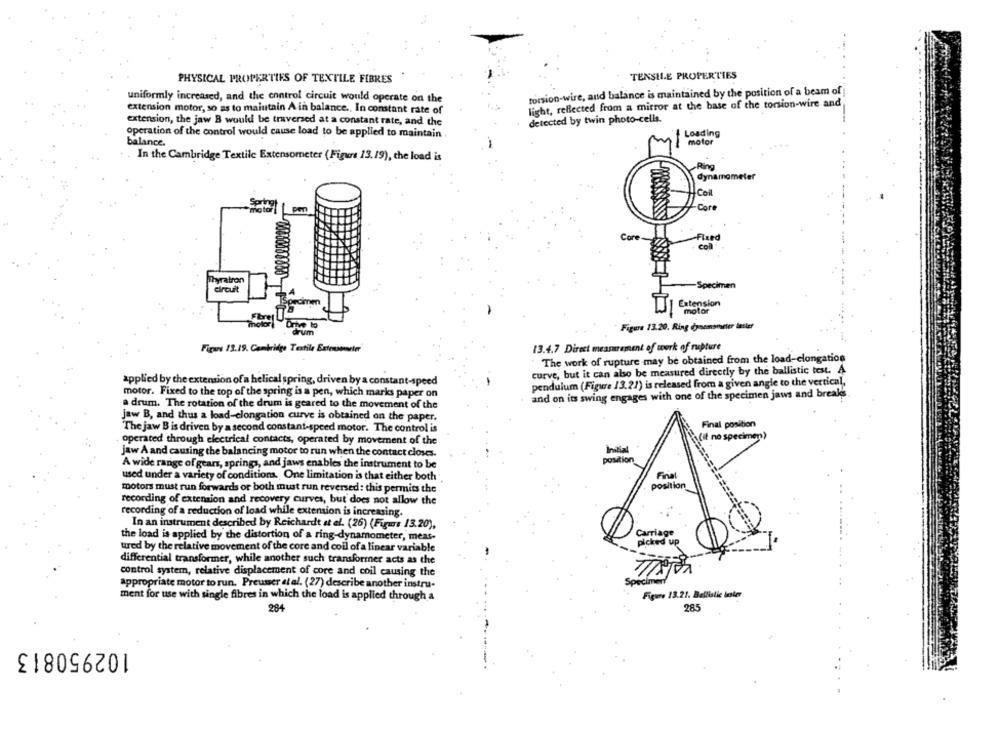
PHYSICAL PROPERTIES OF TEXTILE FIBRES
TENSHE PROPERTIES
torsion-wire, and balance is maintained by the position of a beam of
uniformly increased, and the control circuit would operate on the
light, reflected from a mirror at the base of the torsion-wire and
extension motor, so as to maintain A in balance ., In constant rate of
extension, the jaw B would be traversed at a constant rate, and the
detected by twin photo-cells.
operation of the control would cause load to be applied to maintain
Loading
balance.
motor
In the Cambridge Textile Extensometer (Figure 13.19), the load is
dynamometer
Core
-Fixed
col
Thyratron
circuit
UJI Extension
7
motort Drive to
Figure 13.20. Ring dynamometer lasler
drum
Figure 13.19. Cambridge Textile Extouwarter
13.4.7 Direct measurement of work of rupture
The work of rupture may be obtained from the load-elongation
curve, but it can also be measured directly by the ballistic test. A
pendulum (Figure 13.21) is released from a given angle to the vertical,
applied by the extension of a helical spring, driven by a constant-speed
motor. Fixed to the top of the spring is a pen, which marks paper on
and on its swing engages with one of the specimen jaws and breaks
a drum. The rotation of the drum is geared to the movement of the
jaw B, and thus a load-clongation curve is obtained on the paper.
Final position
The jaw B is driven by a second constant-speed motor. The control is
(if no specimen))
operated through electrical contacts, operated by movement of the
jaw A and causing the balancing motor to run when the contact closes.
Initial
position
A wide range of gears, springs, and jaws enables the instrument to be
used under a variety of conditions. One limitation is that either both
Final
motors must run forwards or both must run reversed: this permits the
position
recording of extension and recovery curves, but does not allow the
recording of a reduction of load while extension is increasing.
In an instrument described by Reichardt et al. (26) (Figure 13.20),
Carriage
the load is applied by the distortion of a ring-dynamometer, meas-
ured by the relative movement of the core and coil of a linear variable
picked up
differential transformer, while another such transformer acts as the
control system, relative displacement of core and coil causing the
appropriate motor to run. Preusser et al. (27) describe another instru-
Specimen
ment for use with single fibres in which the load is applied through a
Figure 13.21. Ballistic lester
285
284
102950813